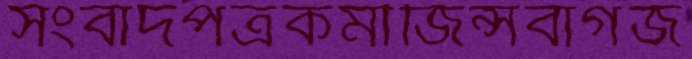
সংবাদপত্রকর্মীজিন্সবার্গজ